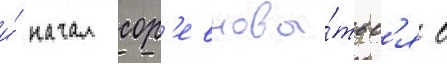
и́ начал сор'евнова́тьс'я в